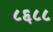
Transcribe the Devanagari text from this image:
८६८८